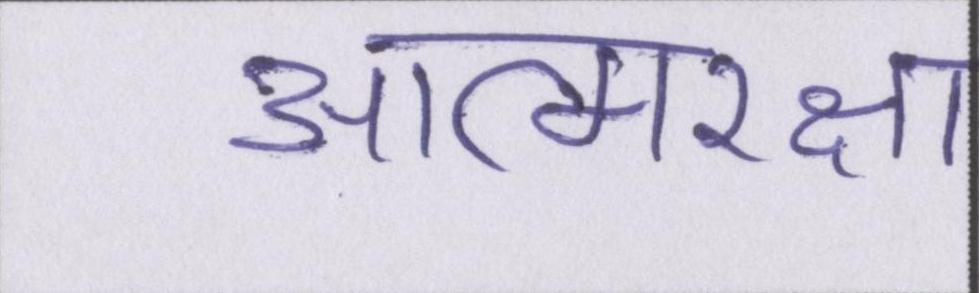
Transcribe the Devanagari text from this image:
आत्मरक्षा